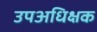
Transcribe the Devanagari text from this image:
उपअधिक्षक